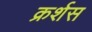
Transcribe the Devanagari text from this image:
क्रर्शस